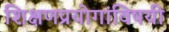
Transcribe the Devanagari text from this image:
शिक्षणप्रयोगांविषयी